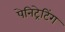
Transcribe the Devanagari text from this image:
पेनिट्रेटिंग